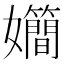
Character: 𪦴